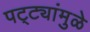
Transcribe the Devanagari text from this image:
पट्ट्यांमुळे